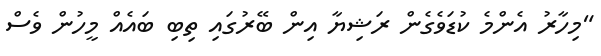
"މިހާރު އެންމެ ކުޑަވެގެން ރަޝިޔާ އިން ބޭރުގައި ތިބި ބައެއް މީހުން ވެސް